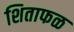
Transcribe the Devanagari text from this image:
शिताफळ